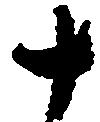
十